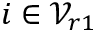
i \in \mathcal { V } _ { r 1 }